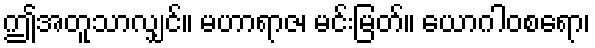
ဤအတူသာလျှင်။ မဟာရာဇ၊ မင်းမြတ်။ ယောဂါဝစရော၊